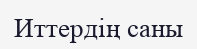
Иттердің саны